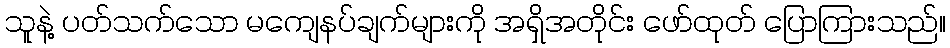
သူနဲ့ ပတ်သက်သော မကျေနပ်ချက်များကို အရှိအတိုင်း ဖော်ထုတ် ပြောကြားသည်။